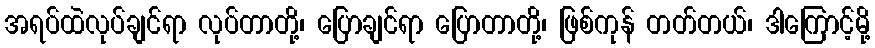
အရပ်ထဲလုပ်ချင်ရာ လုပ်တာတို့၊ ပြောချင်ရာ ပြောတာတို့၊ ဖြစ်ကုန် တတ်တယ်၊ ဒါကြောင့်မို့